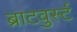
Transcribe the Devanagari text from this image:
ब्राटवुर्स्ट